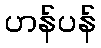
ဟန်ပန်